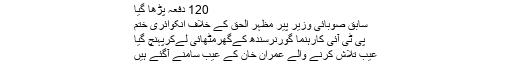
120 دفعہ پڑھا گیا
سابق صوبائی وزیر پیر مظہر الحق کے خلاف انکوائری ختم
پی ٹی آئی کارہنما گورنرسندھ کےگھرمٹھائی لےکرپہنچ گیا
عیب تلاش کرنے والے عمران خان کے عیب سامنے آگئے ہیں